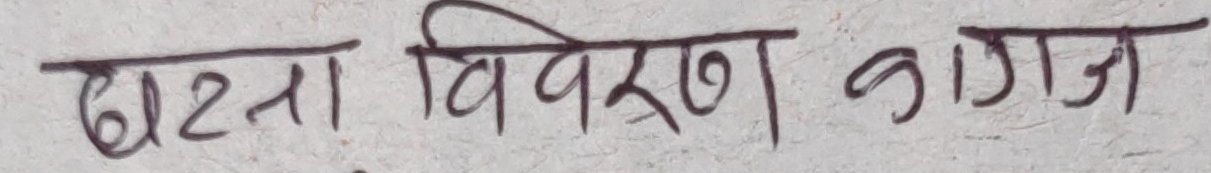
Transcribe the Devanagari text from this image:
घटना विवरण कागज